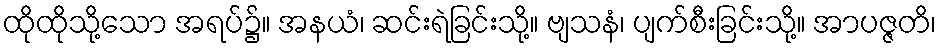
ထိုထိုသို့သော အရပ်၌။ အနယံ၊ ဆင်းရဲခြင်းသို့။ ဗျသနံ၊ ပျက်စီးခြင်းသို့။ အာပဇ္ဇတိ၊